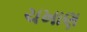
ચખાણ